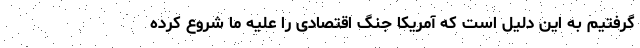
گرفتیم به این دلیل است که آمریکا جنگ اقتصادی را علیه ما شروع کرده